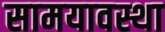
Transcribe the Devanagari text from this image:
सामयावस्था